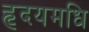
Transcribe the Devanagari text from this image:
हृदयमधि